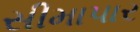
સીમાપાર